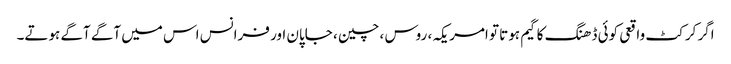
اگر کرکٹ واقعی کوئی ڈھنگ کا گیم ہوتا تو امریکہ ، روس ، چین ، جاپان اور فرانس اس میں آگے آگے ہوتے۔